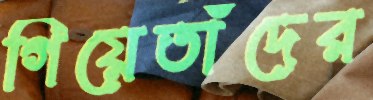
গিয়েতাঁদের